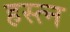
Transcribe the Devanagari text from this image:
हस्त्न